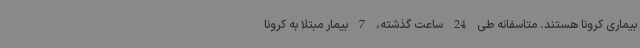
بیماری کرونا هستند. متاسفانه طی 24 ساعت گذشته، 7 بیمار مبتلا به کرونا